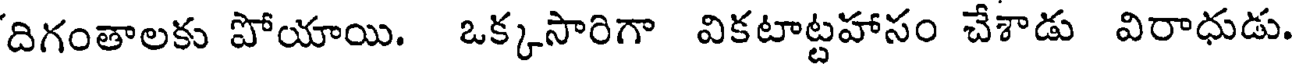
దిగంతాలకు పోయాయి. ఒక్కసారిగా వికటాట్టహాసం చేశాడు విరాధుడు.